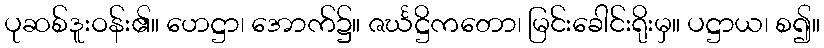
ပုဆစ်ဒူးဝန်း၏။ ဟေဋ္ဌာ၊ အောက်၌။ ဇင်္ဃဋ္ဌိကတော၊ မြင်းခေါင်းရိုးမှ။ ပဋ္ဌာယ၊ စ၍။